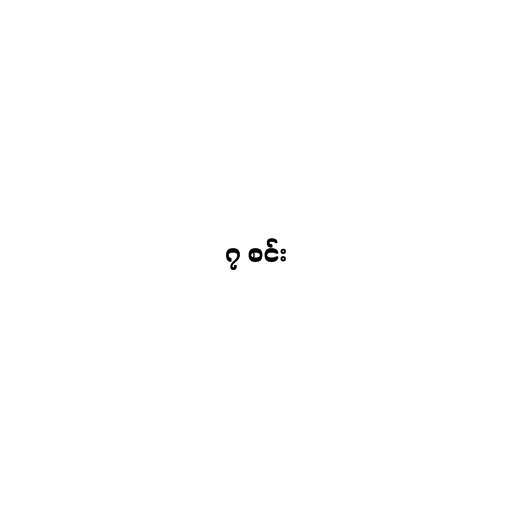
၇ စင်း